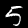
Digit: 5